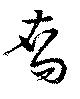
裔